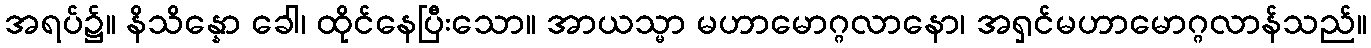
အရပ်၌။ နိသိန္နော ခေါ၊ ထိုင်နေပြီးသော။ အာယသ္မာ မဟာမောဂ္ဂလာနော၊ အရှင်မဟာမောဂ္ဂလာန်သည်။